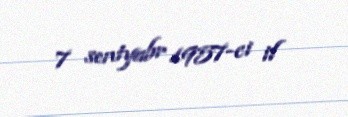
7 sentyabr 1957-ci il